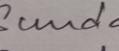
Signature authenticity: genuine